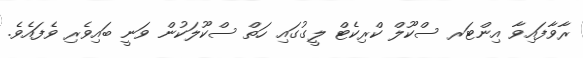
ރާވާފައިވާ އިންޓަރ ސްކޫލް ކްރިކެޓް ލީގުގައި ހަތް ސްކޫލަކުން ވަނީ ބައިވެރި ވެފައެވެ.